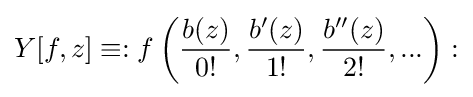
Y[f,z]\equiv :f\left({\frac {b(z)}{0!}},{\frac {b'(z)}{1!}},{\frac {b''(z)}{2!}},...\right):